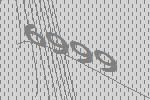
6999